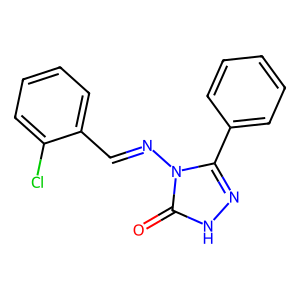
SMILES: O=c1[nH]nc(-c2ccccc2)n1N=Cc1ccccc1Cl
Inhibits HIV replication: No